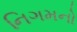
નિગમનો